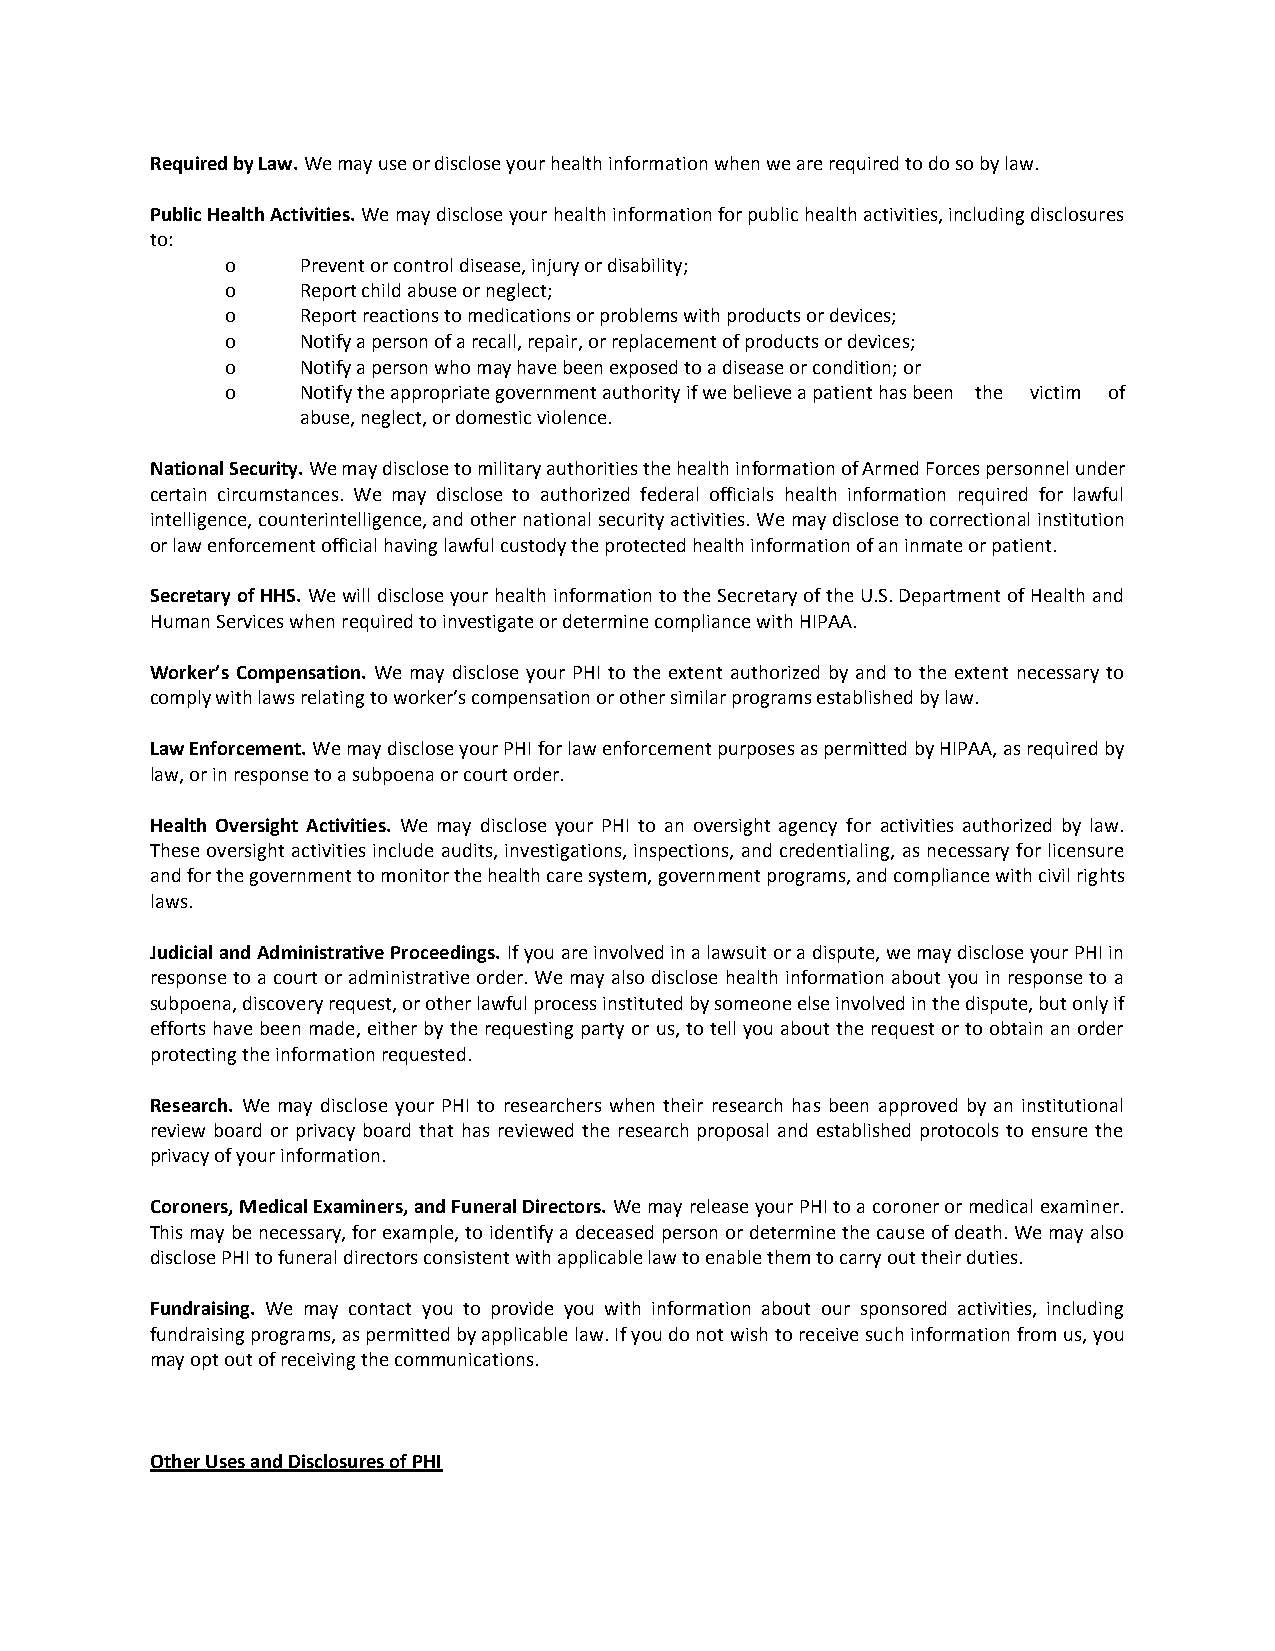
Required by Law. We may use or disclose your health information when we are required to do so by law.
 Public Health Activities. We may disclose your health information for public health activities, including disclosures
 to:
 o    Prevent or control disease, injury or disability;
 o    Report child abuse or neglect;
 o    Report reactions to medications or problems with products or devices;
 o    Notify a person of a recall, repair, or replacement of products or devices;
 o    Notify a person who may have been exposed to a disease or condition; or
 o    Notify the appropriate government authority if we believe a patient has been the victim of
 abuse, neglect, or domestic violence.
 National Security. We may disclose to military authorities the health information of Armed Forces personnel under
 certain circumstances. We may disclose to authorized federal officials health information required for lawful
 intelligence, counterintelligence, and other national security activities. We may disclose to correctional institution
 or law enforcement official having lawful custody the protected health information of an inmate or patient.
 Secretary of HHS. We will disclose your health information to the Secretary of the U.S. Department of Health and
 Human Services when required to investigate or determine compliance with HIPAA.
 Worker’s Compensation. We may disclose your PHI to the extent authorized by and to the extent necessary to
 comply with laws relating to worker’s compensation or other similar programs established by law.
 Law Enforcement. We may disclose your PHI for law enforcement purposes as permitted by HIPAA, as required by
 law, or in response to a subpoena or court order.
 Health Oversight Activities. We may disclose your PHI to an oversight agency for activities authorized by law.
 These oversight activities include audits, investigations, inspections, and credentialing, as necessary for licensure
 and for the government to monitor the health care system, government programs, and compliance with civil rights
 laws.
 Judicial and Administrative Proceedings. If you are involved in a lawsuit or a dispute, we may disclose your PHI in
 response to a court or administrative order. We may also disclose health information about you in response to a
 subpoena, discovery request, or other lawful process instituted by someone else involved in the dispute, but only if
 efforts have been made, either by the requesting party or us, to tell you about the request or to obtain an order
 protecting the information requested.
 Research. We may disclose your PHI to researchers when their research has been approved by an institutional
 review board or privacy board that has reviewed the research proposal and established protocols to ensure the
 privacy of your information.
 Coroners, Medical Examiners, and Funeral Directors. We may release your PHI to a coroner or medical examiner.
 This may be necessary, for example, to identify a deceased person or determine the cause of death. We may also
 disclose PHI to funeral directors consistent with applicable law to enable them to carry out their duties.
 Fundraising. We may contact you to provide you with information about our sponsored activities, including
 fundraising programs, as permitted by applicable law. If you do not wish to receive such information from us, you
 may opt out of receiving the communications.
 Other Uses and Disclosures of PHI